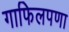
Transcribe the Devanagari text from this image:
गाफिलपणा